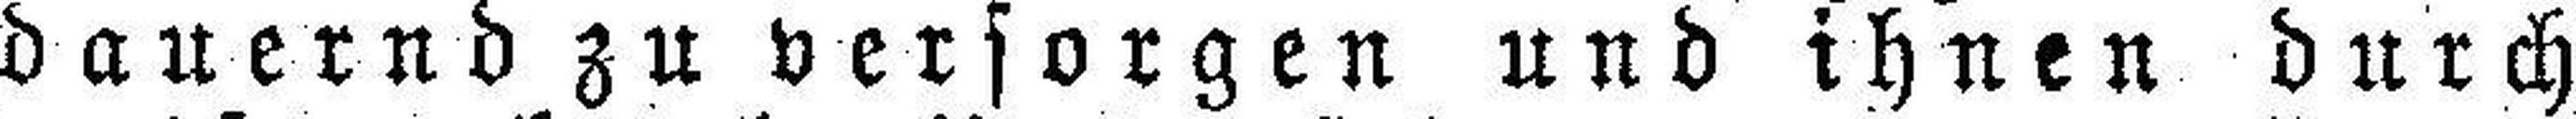
dauernd zu versorgen und ihnen durch